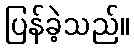
ပြန်ခဲ့သည်။